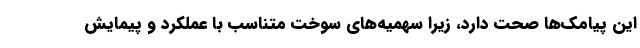
این پیامک‌ها صحت دارد، زیرا سهمیه‌های سوخت متناسب با عملکرد و پیمایش